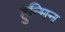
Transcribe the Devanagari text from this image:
हुन्मिन